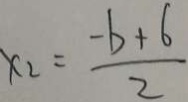
x _ { 2 } = \frac { - b + 6 } { 2 }